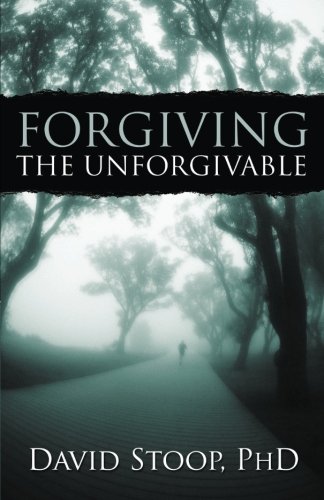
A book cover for Forgiving the Unforgivable; David Stoop; Christian Books & Bibles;